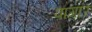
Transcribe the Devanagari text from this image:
पागार